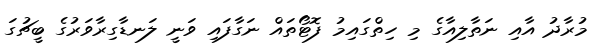
މުރާދު އާއި ނަތާލިއާގެ މި ހިތްގައިމު ފޮޓޯތައް ނަގާފައި ވަނީ ލަނޑާގިރާވަރުގެ ބީޗުގަ